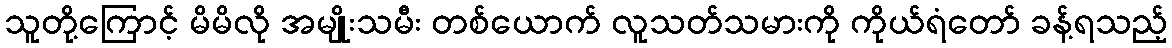
သူတို့ကြောင့် မိမိလို အမျိုးသမီး တစ်ယောက် လူသတ်သမားကို ကိုယ်ရံတော် ခန့်ရသည့်